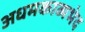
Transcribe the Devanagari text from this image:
अधमकाव्यभेद